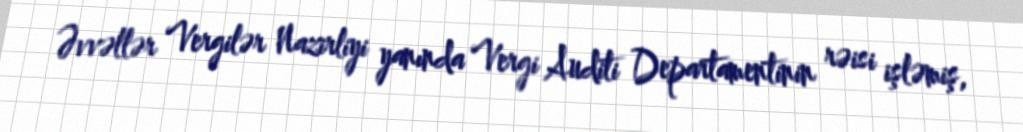
Əvvəllər Vergilər Nazirliyi yanında Vergi Auditi Departamentinin rəisi işləmiş,